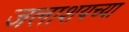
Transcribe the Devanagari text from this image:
जलाशयच्या